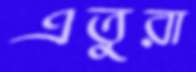
এতুরা